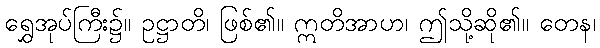
ရွှေအုပ်ကြီး၌။ ဥဋ္ဌာတိ၊ ဖြစ်၏။ ဣတိအာဟ၊ ဤသို့ဆို၏။ တေန၊